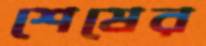
শেষের